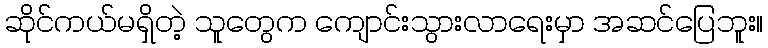
ဆိုင်ကယ်မရှိတဲ့ သူတွေက ကျောင်းသွားလာရေးမှာ အဆင်ပြေဘူး။